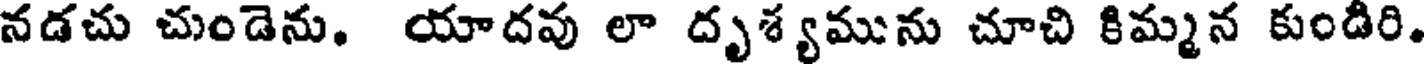
నడచు చుండెను. యాదవు లా దృశ్యమును చూచి కిమ్మన కుండిరి.